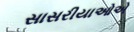
સાસરીયાઓએ